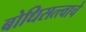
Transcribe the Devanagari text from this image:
बोधिसत्त्वाचे